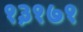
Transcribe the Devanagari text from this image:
१३१७१